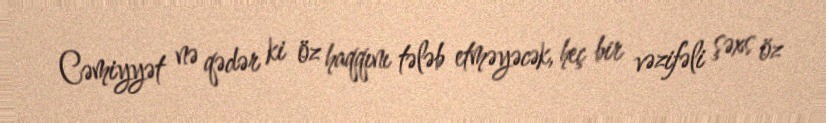
Cəmiyyət nə qədər ki öz haqqını tələb etməyəcək, heç bir vəzifəli şəxs öz